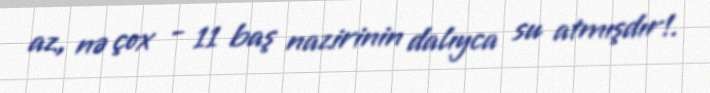
az, nə çox - 11 baş nazirinin dalıyca su atmışdır!.